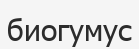
биогумус